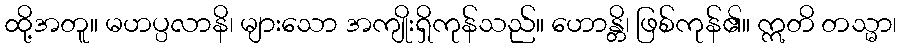
ထို့အတူ။ မဟပ္ပလာနိ၊ များသော အကျိုးရှိကုန်သည်။ ဟောန္တိ၊ ဖြစ်ကုန်၏။ ဣတိ တသ္မာ၊